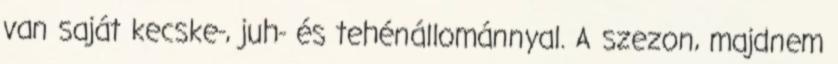
van saját kecske-, juh- és tehénállománnyal. A szezon, majdnem